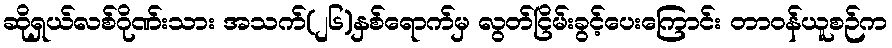
ဆိုရှယ်လစ်ဂိုဏ်းသား အသက်(၂၆)နှစ်ရောက်မှ လွတ်ငြိမ်းခွင့်ပေးကြောင်း တာဝန်ယူစဉ်က